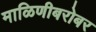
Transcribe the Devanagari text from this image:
माळिणीबरोबर